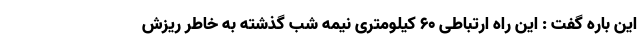
این باره گفت : این راه ارتباطی ۶۰ کیلومتری نیمه شب گذشته به خاطر ریزش